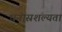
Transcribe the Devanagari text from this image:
घनास्रशल्यता